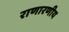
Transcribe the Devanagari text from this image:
राणारणीय